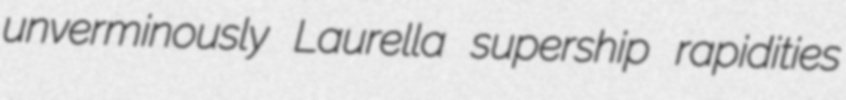
unverminously Laurella supership rapidities